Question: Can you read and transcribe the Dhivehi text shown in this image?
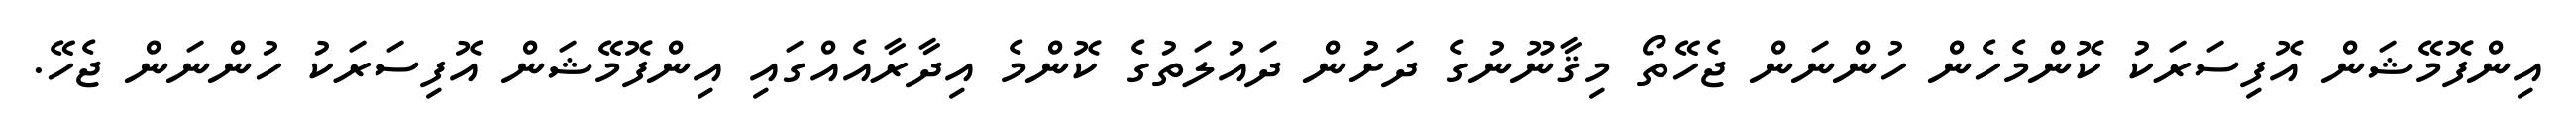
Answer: އިންފޮމޭޝަން އޮފިސަރަކު ކޮންމެހެން ހުންނަން ޖެހޭތޯ މިޤާނޫނުގެ ދަށުން ދައުލަތުގެ ކޮންމެ އިދާރާއެއްގައި އިންފޮމޭޝަން އޮފިސަރަކު ހުންނަން ޖެހޭ.